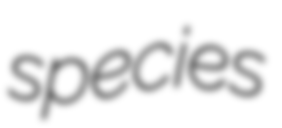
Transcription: species